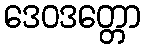
ဒေဝဒတ္တော